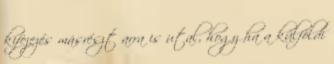
kifejezés másrészt arra is utal, hogy ha a külföldi